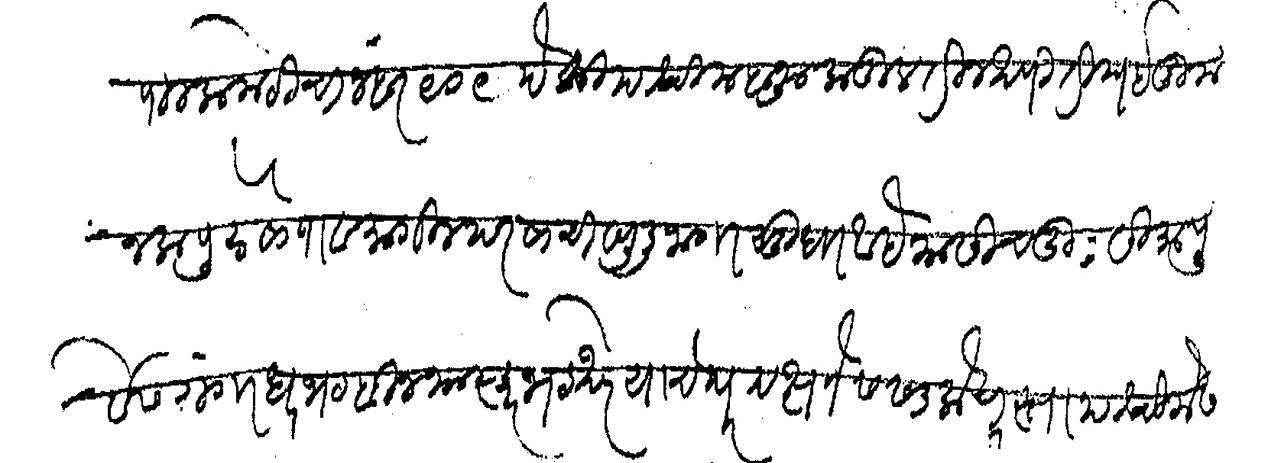
Transliteration (Devanagari): म्युनसीपाल कमेटीचा नंबर ९०९ पैकी पश्चिम बाजूकडील तीन खणी तिघई दुम जला पुढे सोपा व मागील परसाची खुलीजागासुधा आहे यासी चतु सीमा पूर्वेस गंगाधरभट बिन भास्करभट खरे याचे घर दक्षणेस सडकेचा रस्ता पश्चिमेस